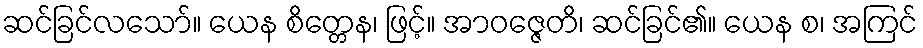
ဆင်ခြင်လသော်။ ယေန စိတ္တေန၊ ဖြင့်။ အာဝဇ္ဇေတိ၊ ဆင်ခြင်၏။ ယေန စ၊ အကြင်